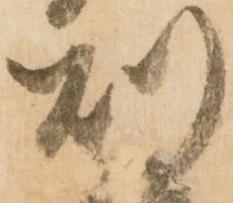
則